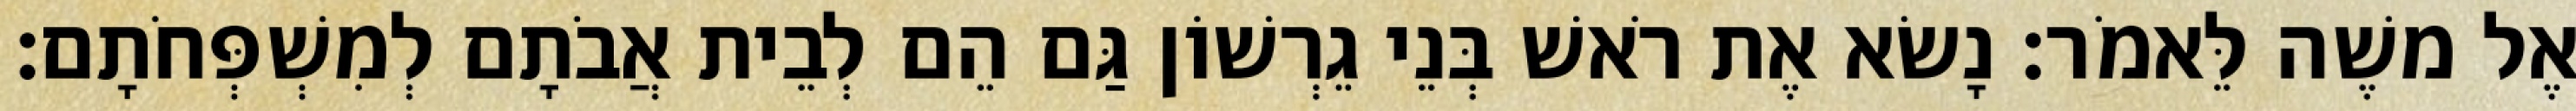
אֶל משֶׁה לֵּאמֹר׃ נָשׂא אֶת רֹאשׁ בְּנֵי גֵרְשׁוֹן גַּם הֵם לְבֵית אֲבֹתָם לְמִשְׁפְּחֹתָם׃